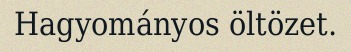
Hagyományos öltözet.